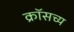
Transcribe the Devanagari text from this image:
क्रॉसच्य